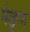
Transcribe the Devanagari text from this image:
मेशुगा